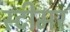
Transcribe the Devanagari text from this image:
स्‍टीमर